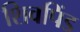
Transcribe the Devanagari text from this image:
शिवपिंड